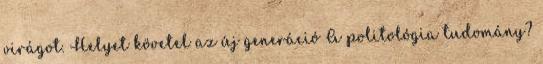
virágot. Helyet követel az új generáció A politológia tudomány?